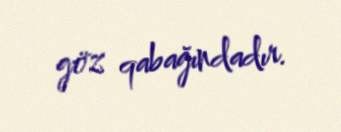
göz qabağındadır.